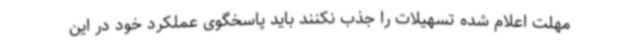
مهلت اعلام شده تسهیلات را جذب نکنند باید پاسخگوی عملکرد خود در این